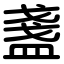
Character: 盞